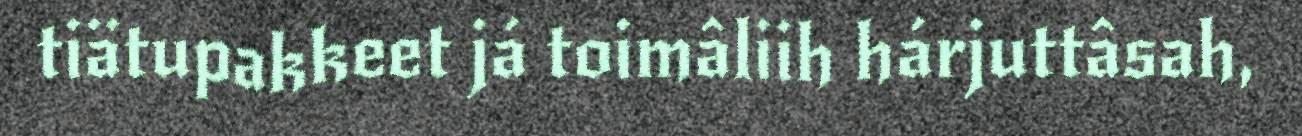
tiätupakkeet já toimâliih hárjuttâsah,